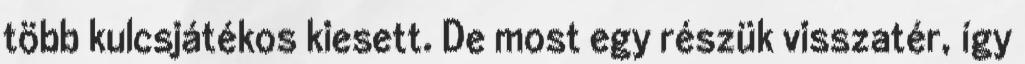
több kulcsjátékos kiesett. De most egy részük visszatér, így